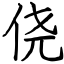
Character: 侥